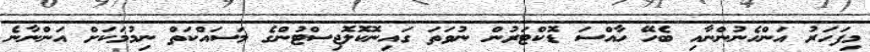
މިފަހަރު އަންހެނުންނާއި ބެހޭ ހާއްސަ ޑޮކްޓަރުން ނުވަތަ ގައިނޮކޮލޮޖިސްޓުންގެ މަސައްކަތް ނިމުމަކަށް އަންނާނެ